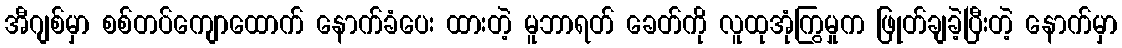
အီဂျစ်မှာ စစ်တပ်ကျောထောက် နောက်ခံပေး ထားတဲ့ မူဘာရတ် ခေတ်ကို လူထုအုံကြွမှုက ဖြုတ်ချခဲ့ပြီးတဲ့ နောက်မှာ